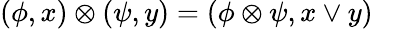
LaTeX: (\phi,x)\otimes(\psi,y)=(\phi\otimes\psi,x\vee y)~~~